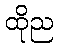
ထိုည